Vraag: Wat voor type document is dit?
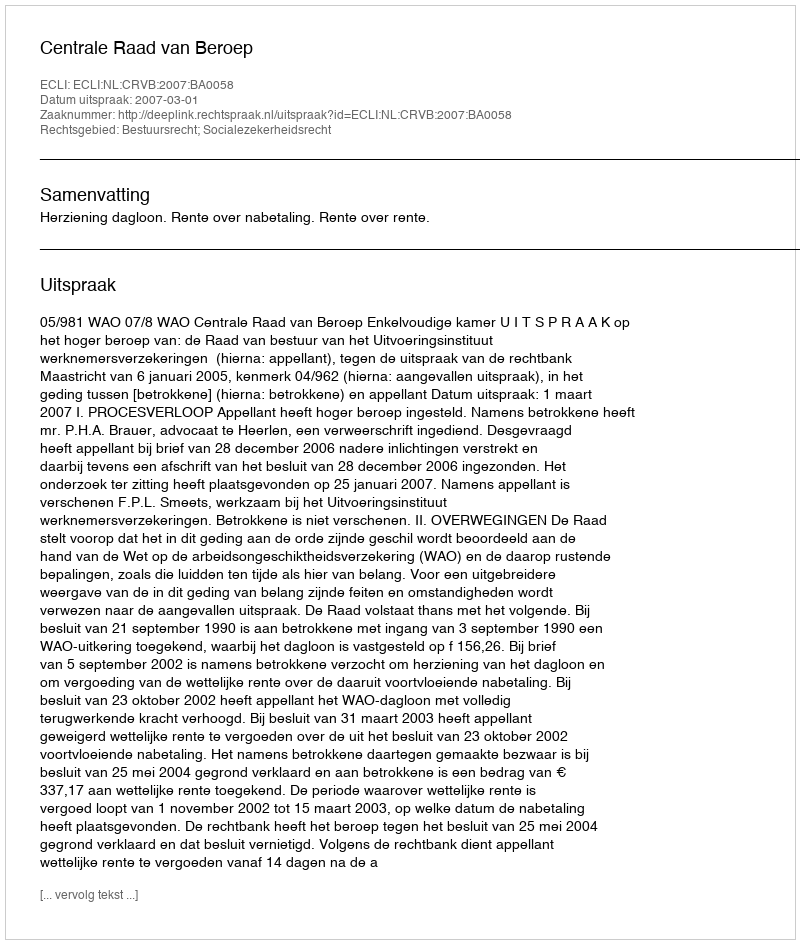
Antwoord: Uitspraak